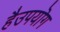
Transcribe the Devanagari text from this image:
हैउपयॊग